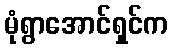
မုံရွာအောင်ရှင်က